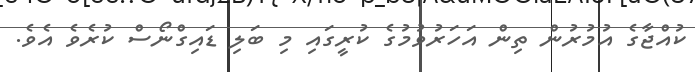
ކުއްޖާގެ އުމުރުން ތިން އަހަރުވުމުގެ ކުރީގައި މި ބަލި ޑައިގްނޯސް ކުރެވެ އެވެ.